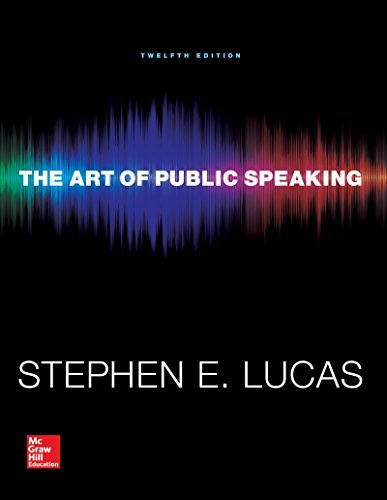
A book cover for Connect Access Card for The Art of Public Speaking; Stephen Lucas; Reference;